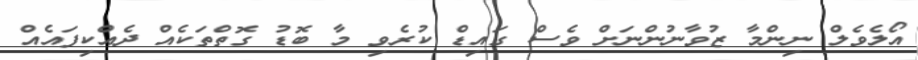
އޯލެވެލް ނިންމާ ޒުވާނުންނަށް ވެސް ގައިޑް ކުރެވި މާ ބޮޑު ގޮތްތަކެއް ދެއްކިފައެއް